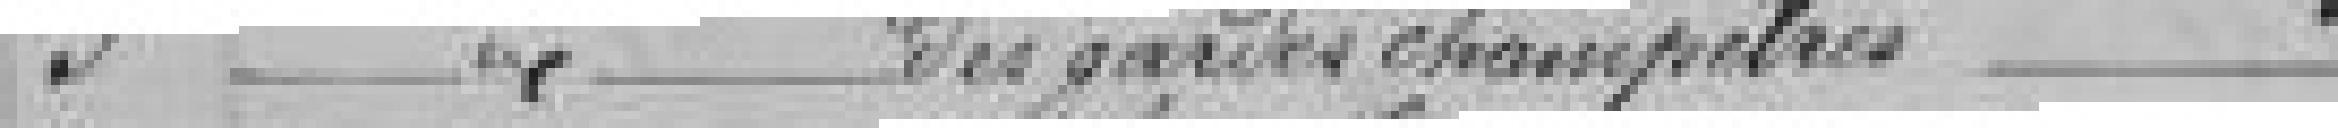
3 Traitement du garde champêtre